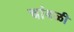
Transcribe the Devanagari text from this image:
चांबळी